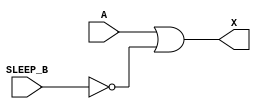
module sky130_fd_sc_lp__inputiso1n_1 (
    X      ,
    A      ,
    SLEEP_B
);
    output X      ;
    input  A      ;
    input  SLEEP_B;
    wire SLEEP;
    not not0 (SLEEP , SLEEP_B        );
    or  or0  (X     , A, SLEEP       );
endmodule